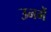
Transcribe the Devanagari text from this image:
उनमेें